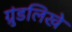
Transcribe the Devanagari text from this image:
ग्रुंडलिखे